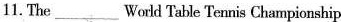
11. The___ World Table Tennis Championship